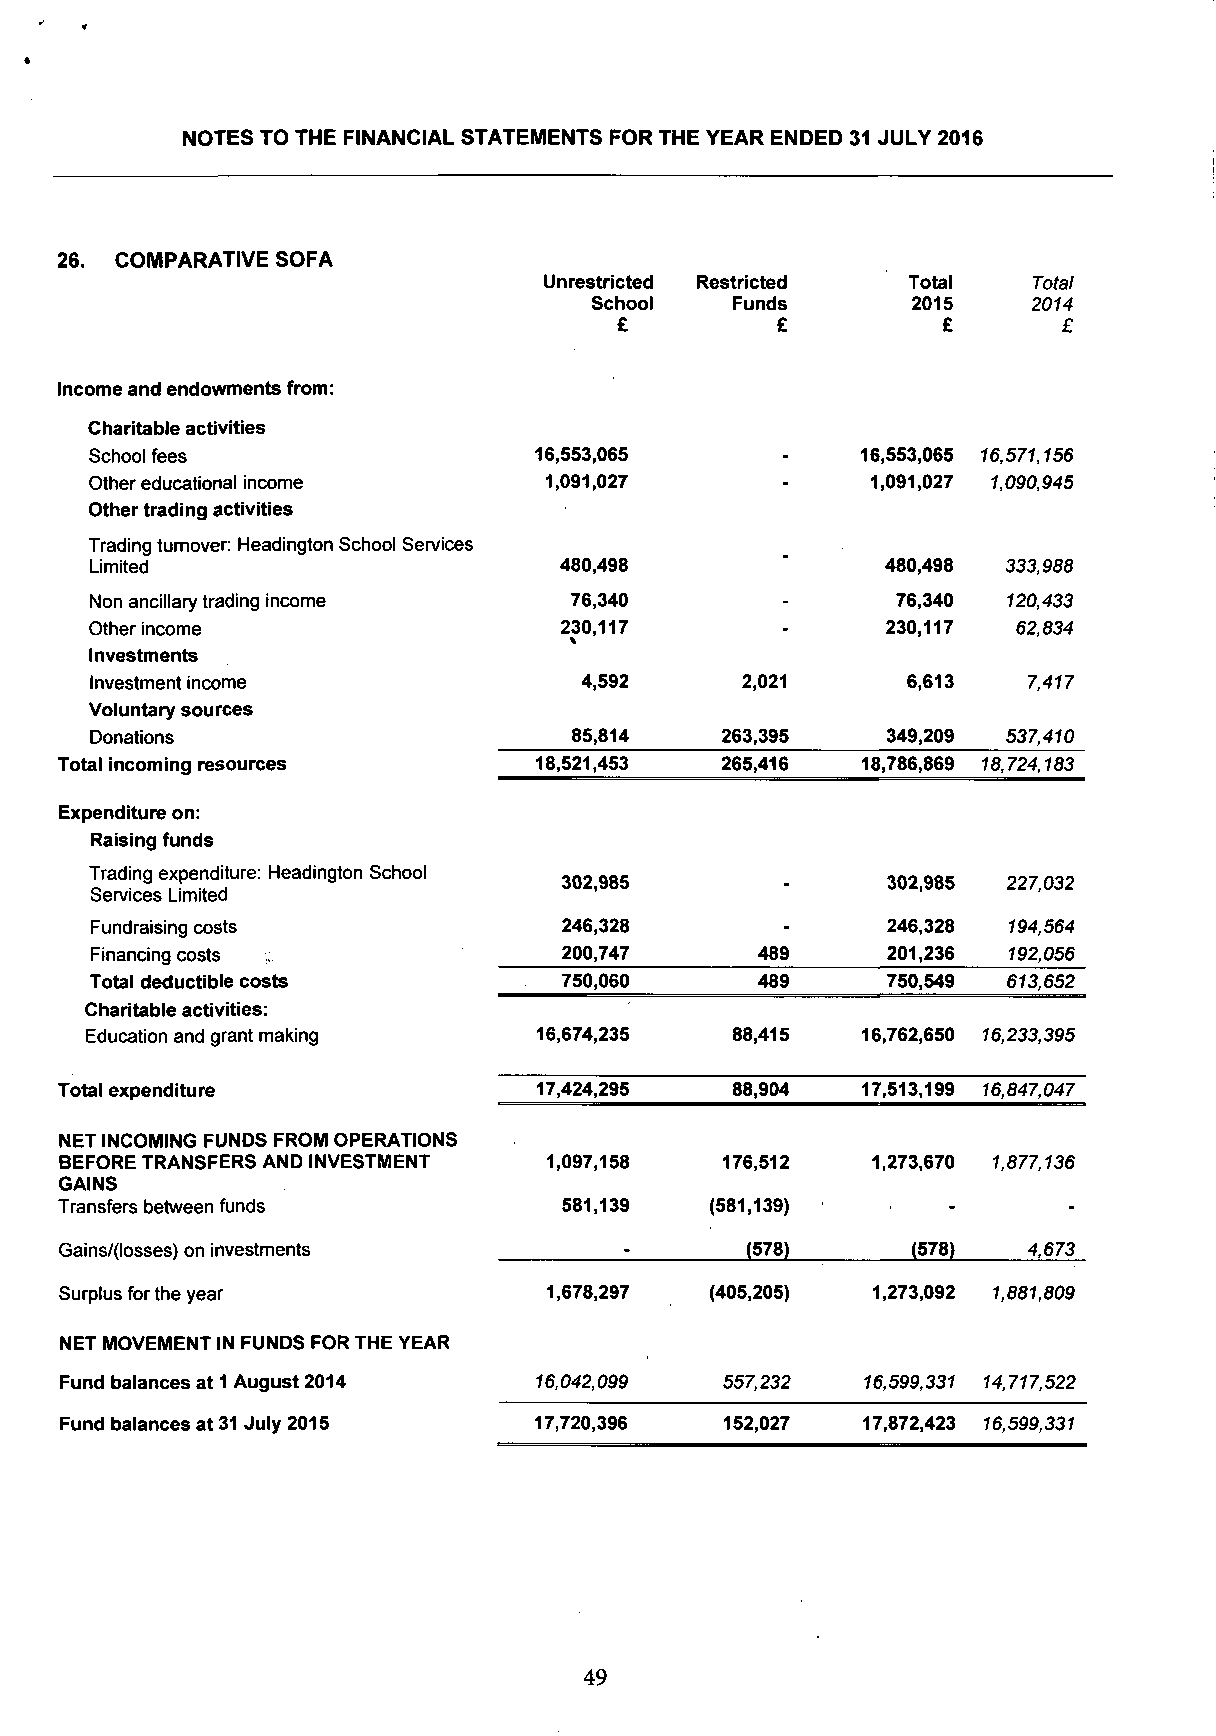
NOTES TO THE FINANCIAL STATEMENTS FOR THE YEAR ENDED 31 JULY 2016
 26. COMPARATIVE SOFA
 Unrestricted Restricted Total   Total
 School    Funds      2015    2014
 £         £          £       £
 Income and endowments from:
 Charitable activities
 School fees                  16,553,065       -    16,553,065 16,571,156
 Other educational income      1,091,027       -     1,091,027 1,090,945
 Other trading activities
 Trading turnover: Headington School Sen/ices
 Limited                        480,498               480,498 333,988
 Non ancillary trading income    76,340        -      76,340  120,433
 Other income                   230,117        -      230,117 62,834
 Investments
 Investment income                4,592     2,021      6,613   7,417
 Voluntary sources
 Donations                       85,814    263,395    349,209 537,410
 Total incoming resources        18,521,453  265,416  18,786,869 18,724,183
 Expenditure on:
 Raising funds
 Trading expenditure: Headington School
 330022,,998855        330022,,998855 222277,,003322
 Services Limited
 Fundraising costs              246,328        -      246,328 194,564
 Financing costs                200,747      489      201,236 192,056
 Total deductible costs         750,060      489      750,549 613,652
 Charitable activities:
 Education and grant making    16,674,235   88,415  16,762,650 16,233,395
 Total expenditure               17,424,295   88,904  17,513,199 16,847,047
 NET INCOMING FUNDS FROM OPERATIONS
 BEFORE TRANSFERS AND INVESTMENT 1,097,158   176,512   1,273,670 1,877,136
 GAINS
 Transfers between funds          581,139   (581,139)       -       -
 Gains/(losses) on investments        _       (578)      (578)   4,673
 Surplus for the year            1,678,297  (405,205)  1,273,092 1,881,809
 NET MOVEMENT IN FUNDS FOR THE YEAR
 Fund balances at 1 August 2014  16,042,099  557,232  16,599,331 14,717,522
 Fund balances at 31 July 2015  17,720,396   152,027  17,872,423 16,599,331
 49